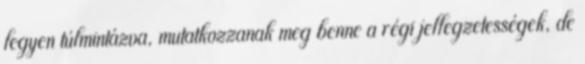
legyen túlmintázva, mutatkozzanak meg benne a régi jellegzetességek, de